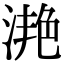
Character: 滟